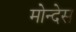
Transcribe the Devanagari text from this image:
मोन्देस